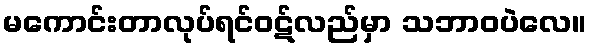
မကောင်းတာလုပ်ရင်ဝဋ်လည်မှာ သဘာဝပဲလေ။